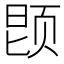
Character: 𬱝